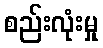
စည်းလုံးမှု